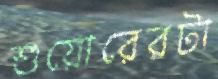
শুয়োরেরটা